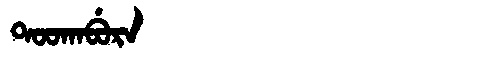
Manchu: ᡨᠣᠣᡴᠠᠪᡠᡵᠠ
Romanization: TOOKABURA